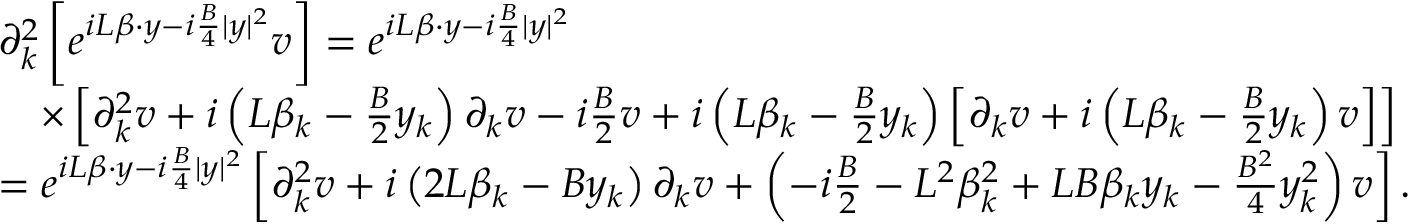
\begin{array} { r l } & { \partial _ { k } ^ { 2 } \left[ e ^ { i L \beta \cdot y - i \frac { B } { 4 } | y | ^ { 2 } } v \right] = e ^ { i L \beta \cdot y - i \frac { B } { 4 } | y | ^ { 2 } } } \\ & { \quad \times \left[ \partial _ { k } ^ { 2 } v + i \left( L \beta _ { k } - \frac { B } { 2 } y _ { k } \right) \partial _ { k } v - i \frac { B } { 2 } v + i \left( L \beta _ { k } - \frac { B } { 2 } y _ { k } \right) \left[ \partial _ { k } v + i \left( L \beta _ { k } - \frac { B } { 2 } y _ { k } \right) v \right] \right] } \\ & { = e ^ { i L \beta \cdot y - i \frac { B } { 4 } | y | ^ { 2 } } \left[ \partial _ { k } ^ { 2 } v + i \left( 2 L \beta _ { k } - B y _ { k } \right) \partial _ { k } v + \left( - i \frac { B } { 2 } - L ^ { 2 } \beta _ { k } ^ { 2 } + L B \beta _ { k } y _ { k } - \frac { B ^ { 2 } } { 4 } y _ { k } ^ { 2 } \right) v \right] . } \end{array}